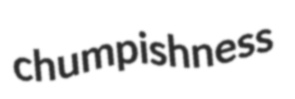
chumpishness